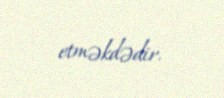
etməkdədir.